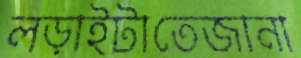
লড়াইটাতেজানা